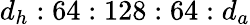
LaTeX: d_{h}:64:128:64:d_{a}